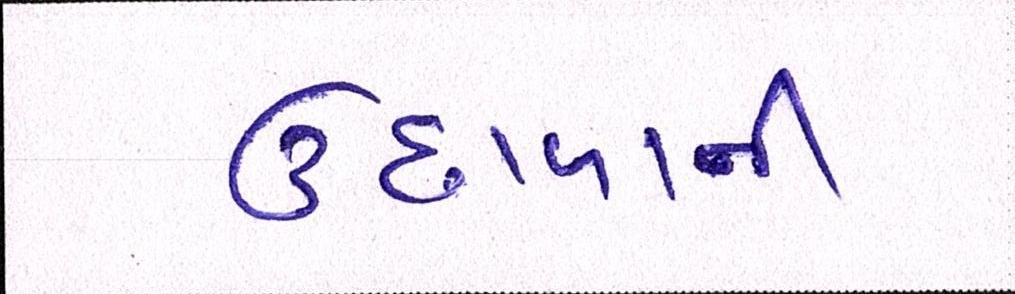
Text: ઉછાળાની